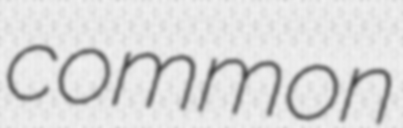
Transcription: common